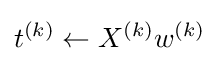
t^{(k)}\gets X^{(k)}w^{(k)}